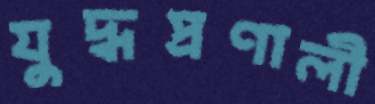
যুদ্ধপ্রণালী